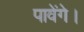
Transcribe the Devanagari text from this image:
पावेंगे।